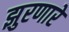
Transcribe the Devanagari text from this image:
झुरणारे